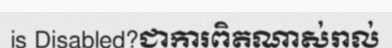
is Disabled?ជាការពិតណាស់រាល់